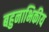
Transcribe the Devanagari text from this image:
बहुनाभिकीय